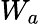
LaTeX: W_{a}